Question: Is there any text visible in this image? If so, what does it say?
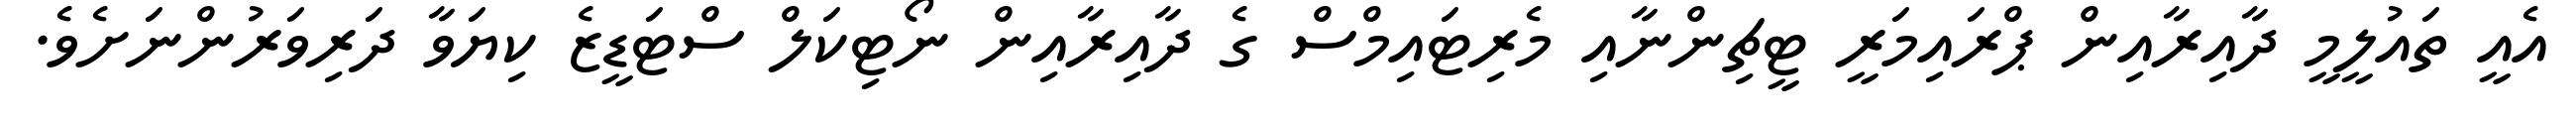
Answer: އެއީ ތައުލީމީ ދާއިރާއިން ޕްރައިމަރީ ޓީޗިންނާއި މެރިޓައިމްސް ގެ ދާއިރާއިން ނޯޓިކަލް ސްޓަޑީޒެ ކިޔަވާ ދަރިވަރުންނަށެވެ.